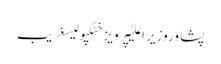
پشاوروزیر اعلیٰپرویز خٹکپولیسغریب